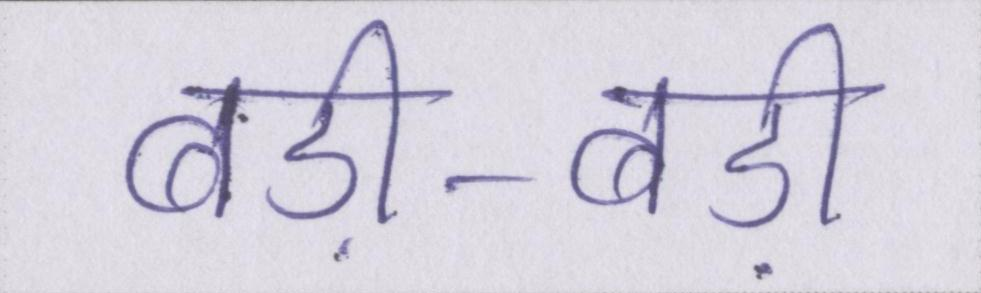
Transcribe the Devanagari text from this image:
बड़ी-बड़ी